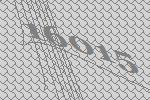
16015